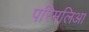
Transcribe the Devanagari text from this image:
परिमलिआ